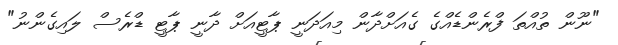
"ނޫން ތުއްތަ ފްރެންޑެއްގެ ގެއަށްދާން މިއަދަނީ ޕާޓީއަށް ދާނީ ޕާޓީ ޑްރެސް ލައިގެންނު"